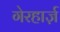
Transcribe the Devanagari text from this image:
गेरहार्ज़